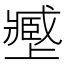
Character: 𡒥